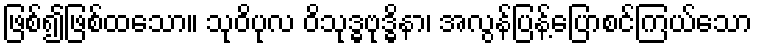
ဖြစ်၍ဖြစ်ထသော။ သုဝိပုလ ဝိသုဒ္ဓဗုဒ္ဓိနာ၊ အလွန်ပြန့်ပြောစင်ကြယ်သော